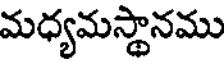
మధ్యమస్థానము